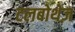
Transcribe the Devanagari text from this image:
टलबोथेज़